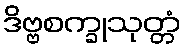
ဒိဗ္ဗစက္ခုသုတ္တံ